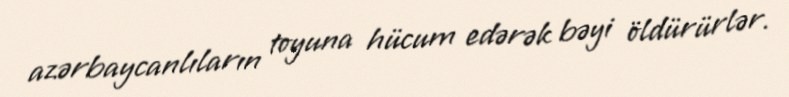
azərbaycanlıların toyuna hücum edərək bəyi öldürürlər.